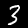
Label: 3